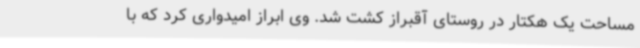
مساحت یک هکتار در روستای آقبراز کشت شد. وی ابراز امیدواری کرد که با